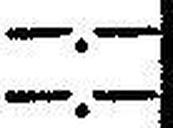
—.—